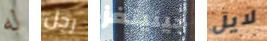
له رجل جينينغز لايل